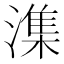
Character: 潗